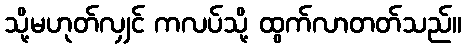
သို့မဟုတ်လျှင် ကလပ်သို့ ထွက်လာတတ်သည်။